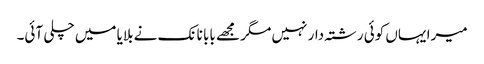
میرا یہاں کوئی رشتہ دار نہیں مگر مجھے بابا نانک نے بلایا میں چلی آئی۔